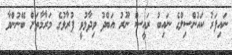
ނައިފަރު ކައުންސިލްގެ ނައިބު ރައީސް ނޫރު އަބްދު ވިދާޅުވީ ފުރާޅުގެ މަރާމާތަށް ބޭނުންވާ